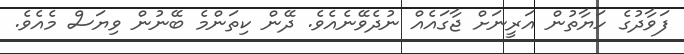
ފަވާދުގެ ހަޔާތުން އަރީނަށް ޖާގައެއް ނުދެވޭނެއެވެ. ދޭން ކިތަންމެ ބޭނުން ވިޔަސް މެއެވެ.